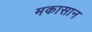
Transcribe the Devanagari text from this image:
मकासान